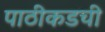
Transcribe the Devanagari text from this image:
पाठीकडची